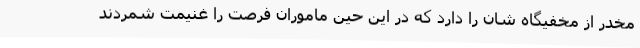
مخدر از مخفیگاه شان را دارد که در این حین ماموران فرصت را غنیمت شمردند